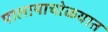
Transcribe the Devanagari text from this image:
पालापाचोळयात